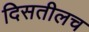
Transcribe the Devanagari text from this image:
दिसतीलच